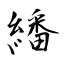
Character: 繙